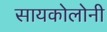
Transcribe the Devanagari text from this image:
सायकोलोनी